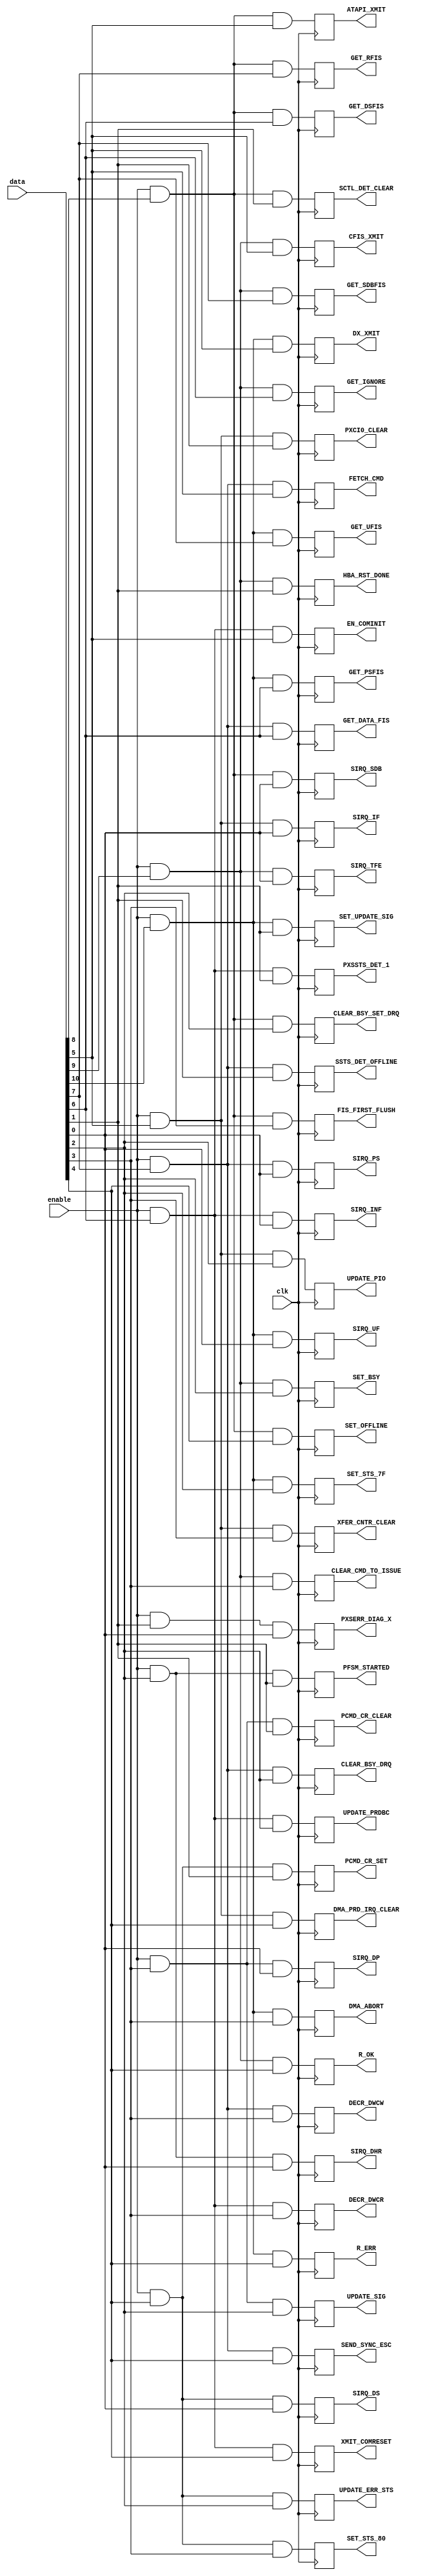
module action_decoder (
    input        clk,
    input        enable,
    input [10:0] data,
    output reg   PXSERR_DIAG_X,
    output reg   SIRQ_DHR,
    output reg   SIRQ_DP,
    output reg   SIRQ_DS,
    output reg   SIRQ_IF,
    output reg   SIRQ_INF,
    output reg   SIRQ_PS,
    output reg   SIRQ_SDB,
    output reg   SIRQ_TFE,
    output reg   SIRQ_UF,
    output reg   PFSM_STARTED,
    output reg   PCMD_CR_CLEAR,
    output reg   PCMD_CR_SET,
    output reg   PXCI0_CLEAR,
    output reg   PXSSTS_DET_1,
    output reg   SSTS_DET_OFFLINE,
    output reg   SCTL_DET_CLEAR,
    output reg   HBA_RST_DONE,
    output reg   SET_UPDATE_SIG,
    output reg   UPDATE_SIG,
    output reg   UPDATE_ERR_STS,
    output reg   UPDATE_PIO,
    output reg   UPDATE_PRDBC,
    output reg   CLEAR_BSY_DRQ,
    output reg   CLEAR_BSY_SET_DRQ,
    output reg   SET_BSY,
    output reg   SET_STS_7F,
    output reg   SET_STS_80,
    output reg   XFER_CNTR_CLEAR,
    output reg   DECR_DWCR,
    output reg   DECR_DWCW,
    output reg   FIS_FIRST_FLUSH,
    output reg   CLEAR_CMD_TO_ISSUE,
    output reg   DMA_ABORT,
    output reg   DMA_PRD_IRQ_CLEAR,
    output reg   XMIT_COMRESET,
    output reg   SEND_SYNC_ESC,
    output reg   SET_OFFLINE,
    output reg   R_OK,
    output reg   R_ERR,
    output reg   EN_COMINIT,
    output reg   FETCH_CMD,
    output reg   ATAPI_XMIT,
    output reg   CFIS_XMIT,
    output reg   DX_XMIT,
    output reg   GET_DATA_FIS,
    output reg   GET_DSFIS,
    output reg   GET_IGNORE,
    output reg   GET_PSFIS,
    output reg   GET_RFIS,
    output reg   GET_SDBFIS,
    output reg   GET_UFIS);
    always @(posedge clk) begin
        PXSERR_DIAG_X <=      enable && data[ 1] && data[ 0];
        SIRQ_DHR <=           enable && data[ 2] && data[ 0];
        SIRQ_DP <=            enable && data[ 3] && data[ 0];
        SIRQ_DS <=            enable && data[ 4] && data[ 0];
        SIRQ_IF <=            enable && data[ 5] && data[ 0];
        SIRQ_INF <=           enable && data[ 6] && data[ 0];
        SIRQ_PS <=            enable && data[ 7] && data[ 0];
        SIRQ_SDB <=           enable && data[ 8] && data[ 0];
        SIRQ_TFE <=           enable && data[ 9] && data[ 0];
        SIRQ_UF <=            enable && data[10] && data[ 0];
        PFSM_STARTED <=       enable && data[ 2] && data[ 1];
        PCMD_CR_CLEAR <=      enable && data[ 3] && data[ 1];
        PCMD_CR_SET <=        enable && data[ 4] && data[ 1];
        PXCI0_CLEAR <=        enable && data[ 5] && data[ 1];
        PXSSTS_DET_1 <=       enable && data[ 6] && data[ 1];
        SSTS_DET_OFFLINE <=   enable && data[ 7] && data[ 1];
        SCTL_DET_CLEAR <=     enable && data[ 8] && data[ 1];
        HBA_RST_DONE <=       enable && data[ 9] && data[ 1];
        SET_UPDATE_SIG <=     enable && data[10] && data[ 1];
        UPDATE_SIG <=         enable && data[ 3] && data[ 2];
        UPDATE_ERR_STS <=     enable && data[ 4] && data[ 2];
        UPDATE_PIO <=         enable && data[ 5] && data[ 2];
        UPDATE_PRDBC <=       enable && data[ 6] && data[ 2];
        CLEAR_BSY_DRQ <=      enable && data[ 7] && data[ 2];
        CLEAR_BSY_SET_DRQ <=  enable && data[ 8] && data[ 2];
        SET_BSY <=            enable && data[ 9] && data[ 2];
        SET_STS_7F <=         enable && data[10] && data[ 2];
        SET_STS_80 <=         enable && data[ 4] && data[ 3];
        XFER_CNTR_CLEAR <=    enable && data[ 5] && data[ 3];
        DECR_DWCR <=          enable && data[ 6] && data[ 3];
        DECR_DWCW <=          enable && data[ 7] && data[ 3];
        FIS_FIRST_FLUSH <=    enable && data[ 8] && data[ 3];
        CLEAR_CMD_TO_ISSUE <= enable && data[ 9] && data[ 3];
        DMA_ABORT <=          enable && data[10] && data[ 3];
        DMA_PRD_IRQ_CLEAR <=  enable && data[ 5] && data[ 4];
        XMIT_COMRESET <=      enable && data[ 6] && data[ 4];
        SEND_SYNC_ESC <=      enable && data[ 7] && data[ 4];
        SET_OFFLINE <=        enable && data[ 8] && data[ 4];
        R_OK <=               enable && data[ 9] && data[ 4];
        R_ERR <=              enable && data[10] && data[ 4];
        EN_COMINIT <=         enable && data[ 6] && data[ 5];
        FETCH_CMD <=          enable && data[ 7] && data[ 5];
        ATAPI_XMIT <=         enable && data[ 8] && data[ 5];
        CFIS_XMIT <=          enable && data[ 9] && data[ 5];
        DX_XMIT <=            enable && data[10] && data[ 5];
        GET_DATA_FIS <=       enable && data[ 7] && data[ 6];
        GET_DSFIS <=          enable && data[ 8] && data[ 6];
        GET_IGNORE <=         enable && data[ 9] && data[ 6];
        GET_PSFIS <=          enable && data[10] && data[ 6];
        GET_RFIS <=           enable && data[ 8] && data[ 7];
        GET_SDBFIS <=         enable && data[ 9] && data[ 7];
        GET_UFIS <=           enable && data[10] && data[ 7];
    end
endmodule